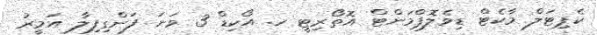
ކެޕިޓަލް މާކެޓް ޑިވެލޮޕްމަންޓް އޮތޯރިޓީ ހ. އޯކިޑް 3 ވަނަ ފަންގިފިލާ އަމީރު